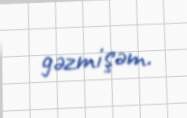
gəzmişəm.